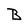
Character: B